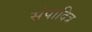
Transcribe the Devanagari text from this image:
संपादित्र